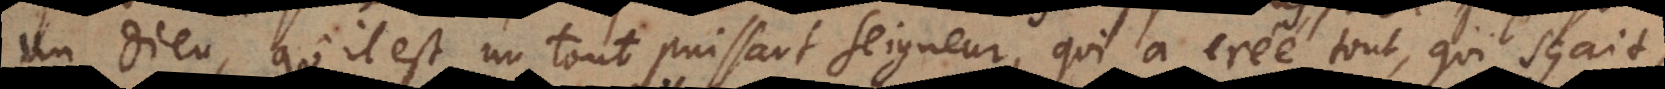
un Dieu, qu’il est un tout‐puissant Seigneur, qui a creé tout, qu’il sçait,